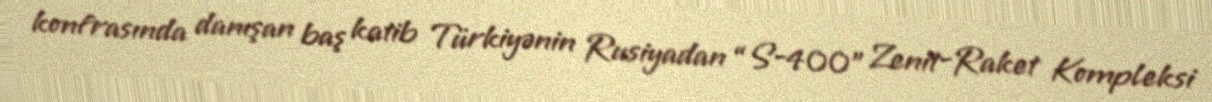
konfrasında danışan baş katib Türkiyənin Rusiyadan “S-400” Zenit-Raket Kompleksi